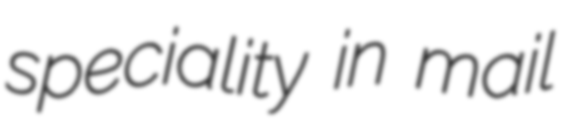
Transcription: speciality in mail